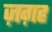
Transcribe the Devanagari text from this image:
ज़ग़ह